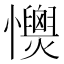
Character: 𢥡